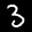
Label: 3